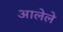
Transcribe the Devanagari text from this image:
अालेले